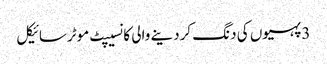
3 پہیوں کی دنگ کردینے والی کانسیپٹ موٹرسائیکل